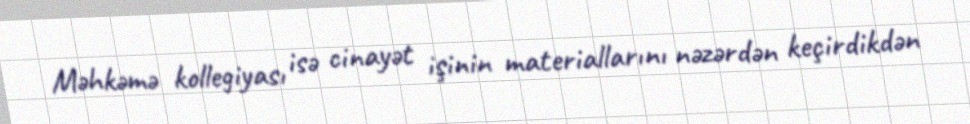
Məhkəmə kollegiyası isə cinayət işinin materiallarını nəzərdən keçirdikdən